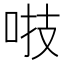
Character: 𠴜